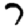
Digit: 7